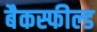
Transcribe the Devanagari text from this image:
बैकस्फील्ड